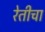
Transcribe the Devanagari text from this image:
रेतीचा